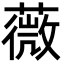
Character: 薇